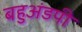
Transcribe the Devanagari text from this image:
बहुअंडपी